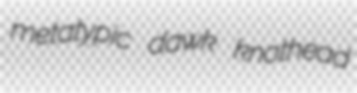
metatypic dawk knothead